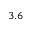
3 . 6